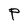
Character: P